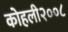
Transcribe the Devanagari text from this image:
कोहली२००८